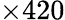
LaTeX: \times 420